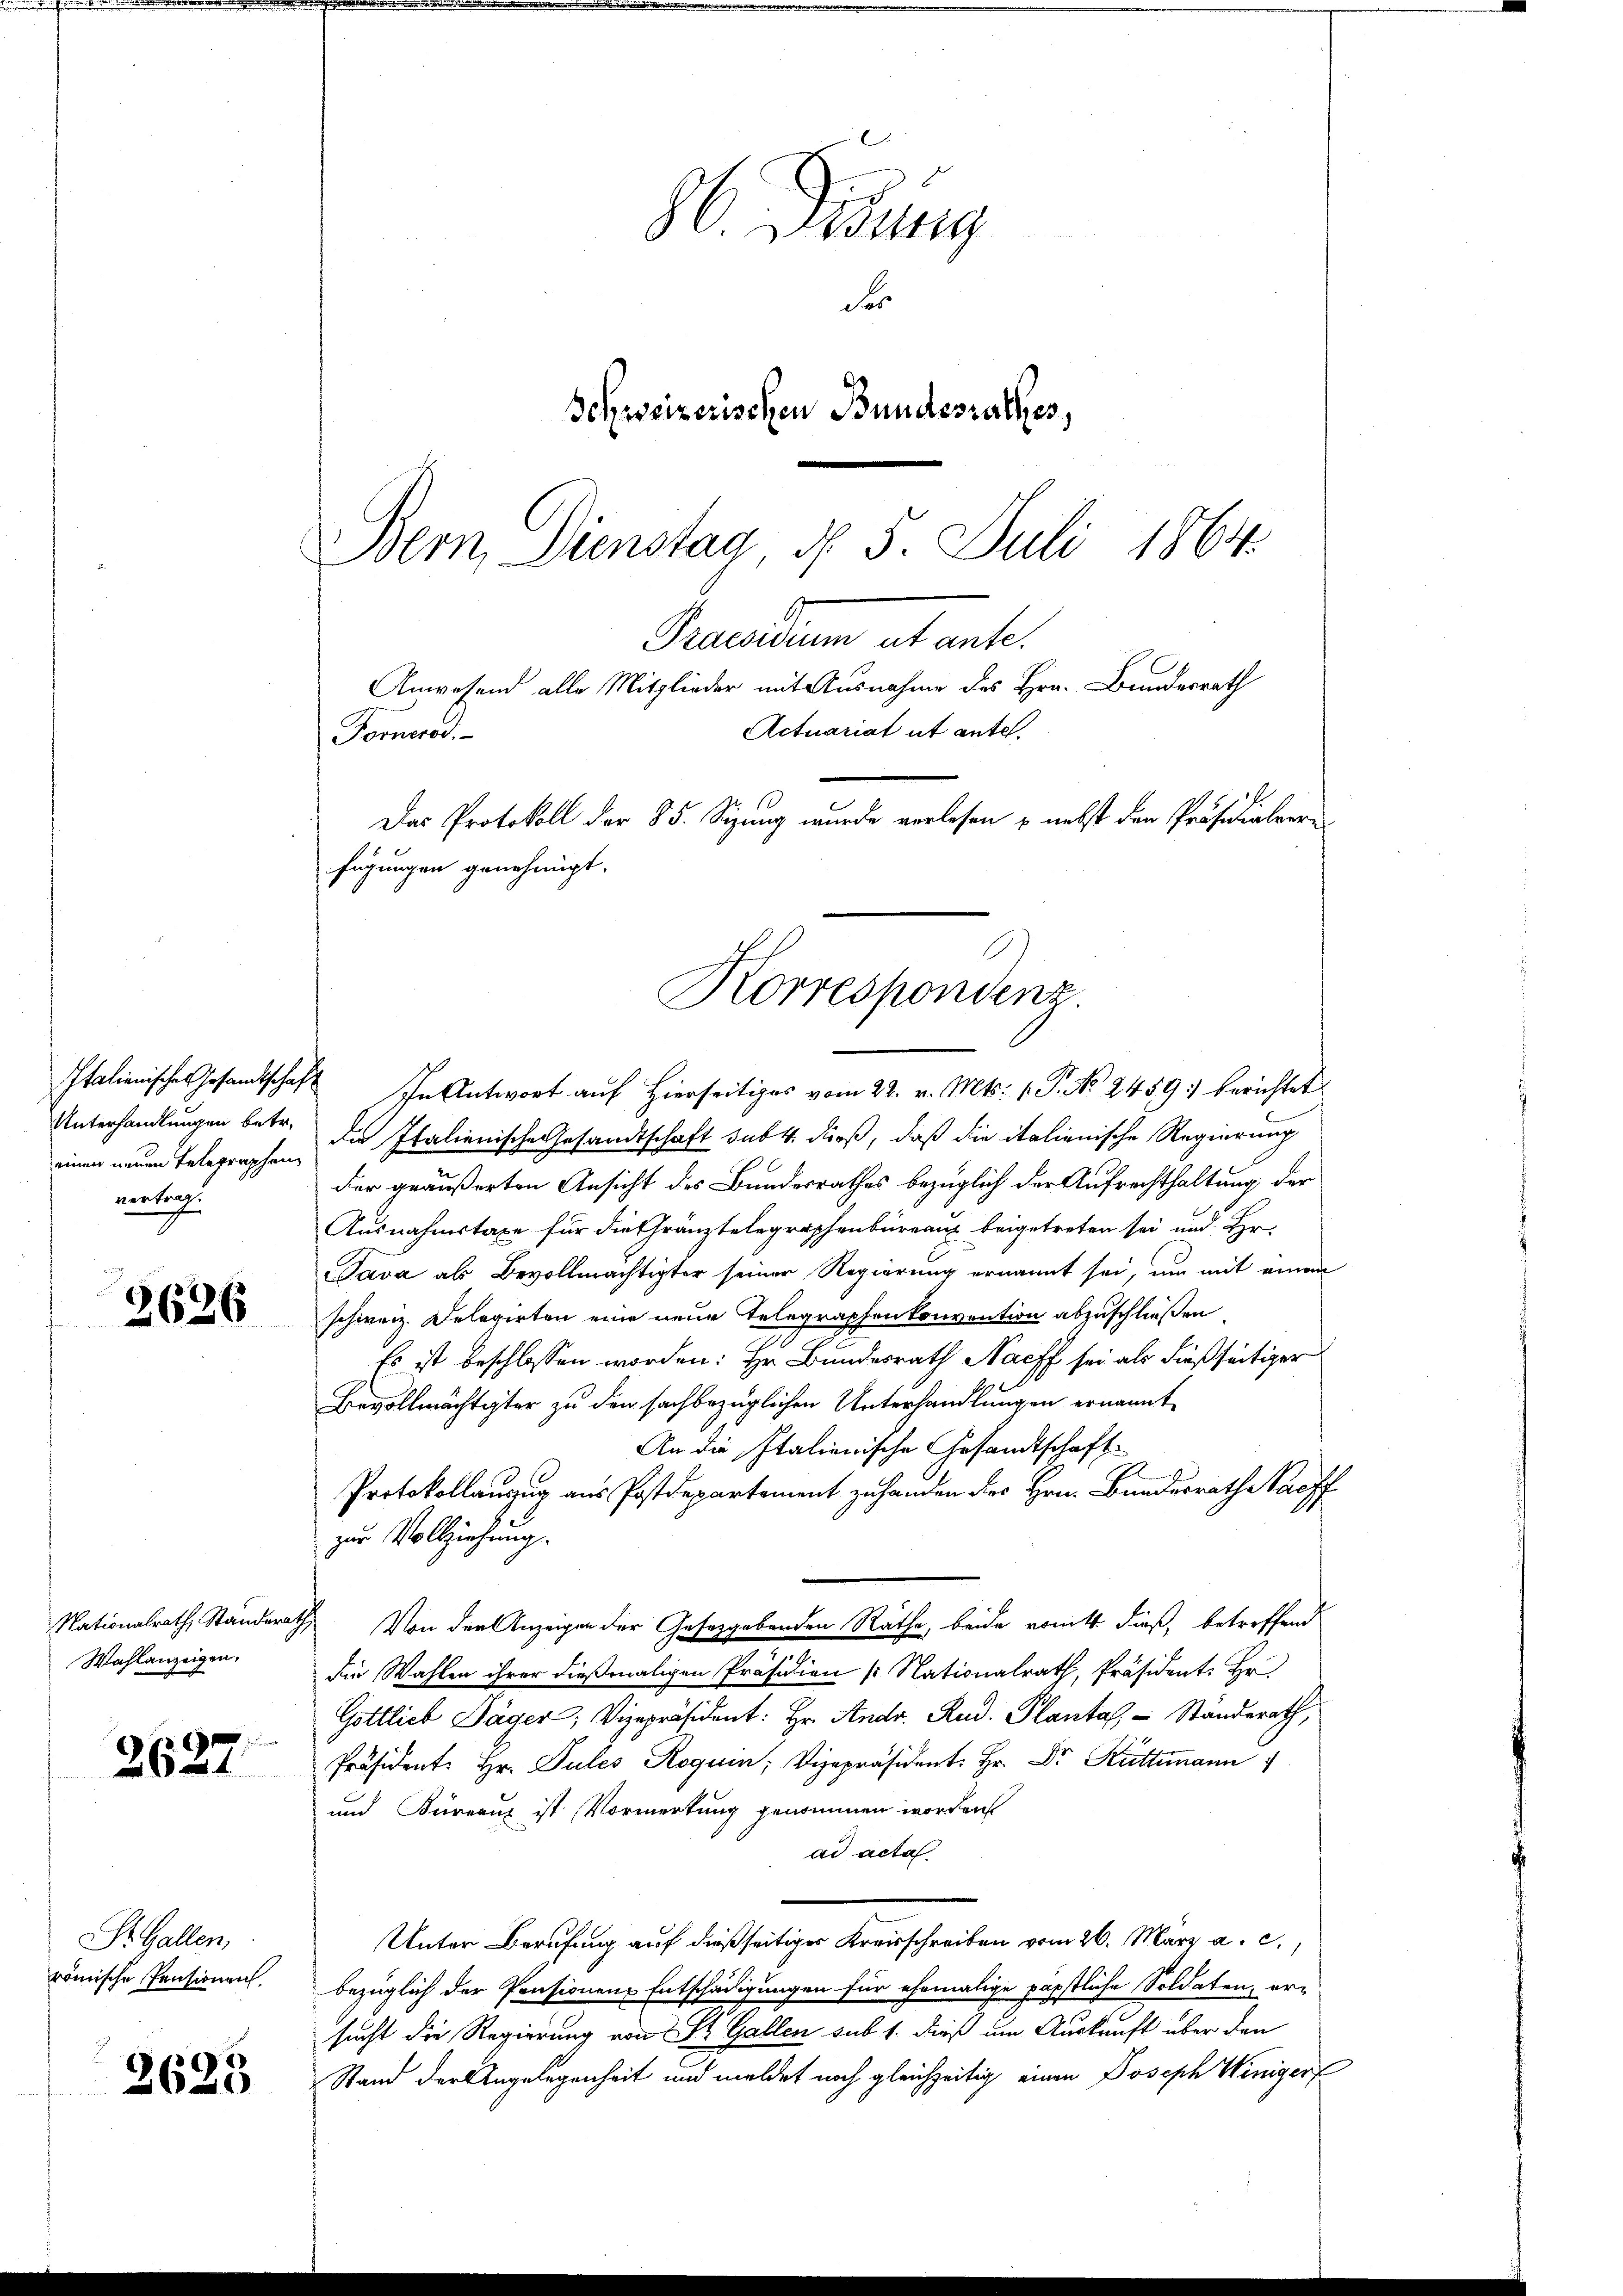
Unterhandlungen betr.
einen neuen Telegraphen
vortrag.

2626

NNationalrath Standera
Wahlanzeigen,

6
2621

Dr. Gallen,
römische Pensionen.

2625

H. Visung
Fes
Schweizerischen Bundesrathes,
Bern Dienstag, d. 5. Juli 1864

Gruendum et ante.
Anwesend alle Mitglieder mit Ausnahme des Hrn. Bundesrath
Actuariat ut antel.
Fornerod.
Das Protokoll der 85. Sizung wurde verlesen & nebst den Präsidialveri
fügungen genehmigt.
Korrespondenz.

Italienische Gesandtschaft in Antwort auf hierseitiges vom 22. v. Mts. 1. P. No 2459) berichtet
de Italienische Gesandtschaft sub 4. dieß, daß die italienische Regierung
der geäußerten Ansicht des Bundesrathes bezüglich der Aufrechthaltung der
Ausnahmstaxe für die Gränztelegraphenbüreaus beigetreten sei und Hr.
Tava als Bevollmächtigter seiner Regierung ernannt sei, um mit einen
schweiz. Delegirten eine neue Telegraphen konvention abzuschließen
Es ist beschlossen worden: Hr. Bundesrath Nacff sei als dießseitiger
Bevollmächtigter zu den sachbezüglichen Unterhandlungen ernannt
An die Italienische Gesandtschaft
Protokollauszug aus Postdepartement zu handen des Hrn. Bundesrath nachf
zur Vollziehung.
 Von der Anzeigen der Gesetzgebenden Räthe, beide womitt dieß, betreffend
die Wahlen ihrer dießmaligen Präsidien (Nationalrath, Präsident: Hr.
Göttlieb Däger, Vizepräsident: Hr. Andr. Rud. Plantal, Standerath,
Präsidente Hr. Pules Roguin, Vizepräsident: Hr. Dr. Kuttmann
und Büreaux ist Vormerkung genommen worden
ad acta
Unter Berufung auf dießseitiger Kreisschreiben vom 26. März a. c.,
bezüglich der Pensionen Entschädigungen für ehemalige päpstliche Soldaten, er-
sucht die Regierung von St. Gallen sub 1. dieß um Auskunft über den
Stand der Angelegenheit und meldet noch gleichzeitig einen Joseph Winiger